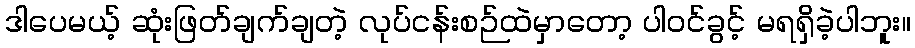
ဒါပေမယ့် ဆုံးဖြတ်ချက်ချတဲ့ လုပ်ငန်းစဉ်ထဲမှာတော့ ပါဝင်ခွင့် မရရှိခဲ့ပါဘူး။